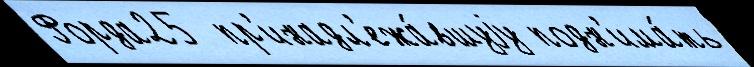
Форда25  пр'инадл'ежа́вшуjу подн'има́ть